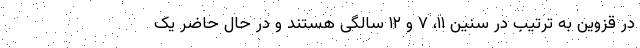
در قزوین به ترتیب در سنین ۱۱، ۷ و ۱۲ سالگی هستند و در حال حاضر یک